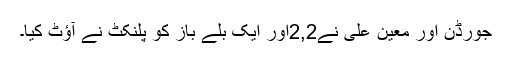
جورڈن اور معین علی نے2,2اور ایک بلے باز کو پلنکٹ نے آؤٹ کیا۔